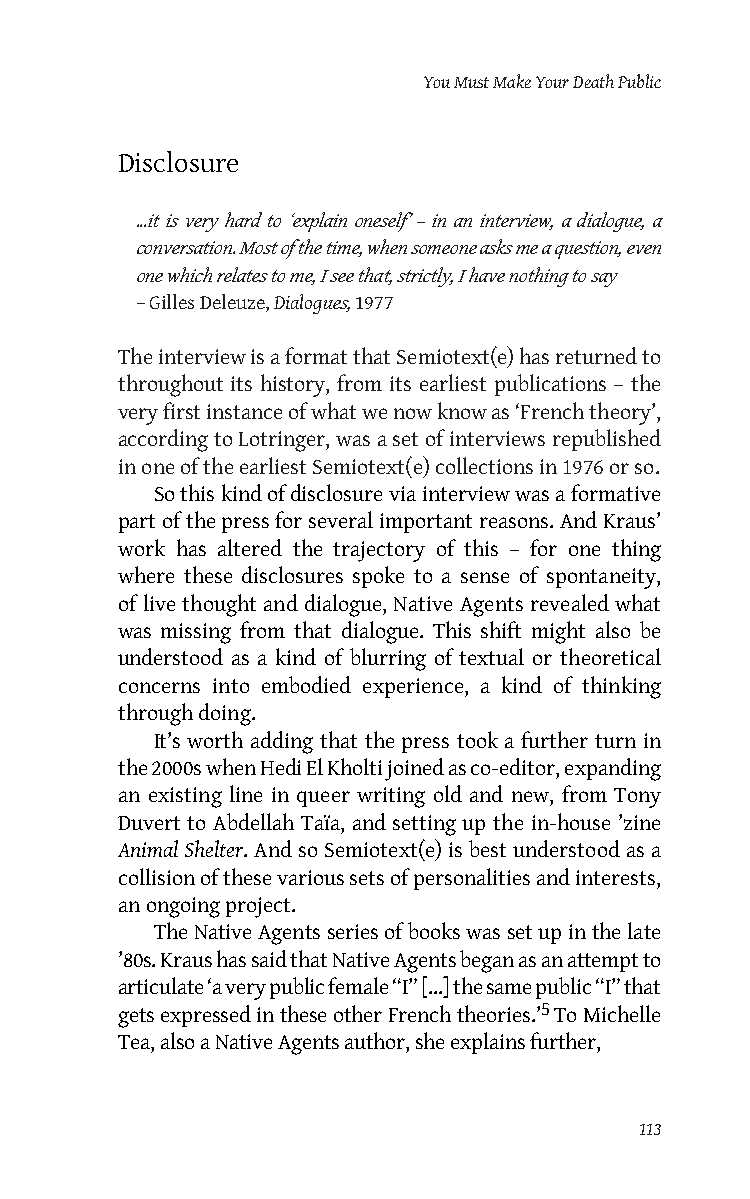
You Must Make Your Death Public
 Disclosure
 ...it is very hard to ‘explain oneself’ – in an interview, a dialogue, a
 conversation. Most of the time, when someone asks me a question, even
 one which relates to me, I see that, strictly, I have nothing to say
 – Gilles Deleuze, Dialogues, 1977
 The interview is a format that Semiotext(e) has returned to
 throughout its history, from its earliest publications – the
 very first instance of what we now know as ‘French theory’,
 according to Lotringer, was a set of interviews republished
 in one of the earliest Semiotext(e) collections in 1976 or so.
 So this kind of disclosure via interview was a formative
 part of the press for several important reasons. And Kraus’
 work has altered the trajectory of this – for one thing
 where these disclosures spoke to a sense of spontaneity,
 of live thought and dialogue, Native Agents revealed what
 was missing from that dialogue. This shift might also be
 understood as a kind of blurring of textual or theoretical
 concerns into embodied experience, a kind of thinking
 through doing.
 It’s worth adding that the press took a further turn in
 the 2000s when Hedi El Kholti joined as co-editor, expanding
 an existing line in queer writing old and new, from Tony
 Duvert to Abdellah Taïa, and setting up the in-house ’zine
 Animal Shelter. And so Semiotext(e) is best understood as a
 collision of these various sets of personalities and interests,
 an ongoing project.
 The Native Agents series of books was set up in the late
 ’80s. Kraus has said that Native Agents began as an attempt to
 articulate ‘a very public female “I” [...] the same public “I” that
 gets expressed in these other French theories.’5 To Michelle
 Tea, also a Native Agents author, she explains further,
 113